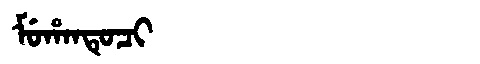
Manchu: ᠮᡠᡥᠠᠨᡨᡠᠴᡳ
Romanization: MUHANTUCI